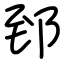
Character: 郅